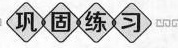
巩固练习